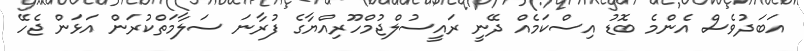
އަބަދުވެސް އެންމެ ބޮޑު އިސްކަމެއް ދޭނީ ރައީސުލްޖުމްހޫރިއްޔާގެ ފުރާނަ ސަލާމަތްކުރަން އަޅަން ޖެހޭ